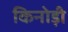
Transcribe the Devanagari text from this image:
किनोड़ी